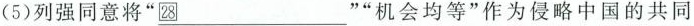
(5)列强同意将”28_””机会均等”作为侵略中国的共同